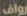
رواف